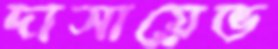
দাসায়েভ